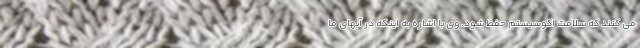
می کنند که سلامت اکوسیستم حفظ شود. وی با اشاره به اینکه در آبهای ما